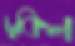
ঢুকিল